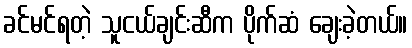
ခင်မင်ရတဲ့ သူငယ်ချင်းဆီက ပိုက်ဆံ ချေးခဲ့တယ်။